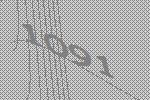
1091